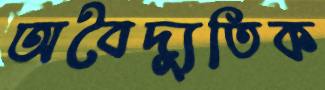
অবৈদ্যুতিক